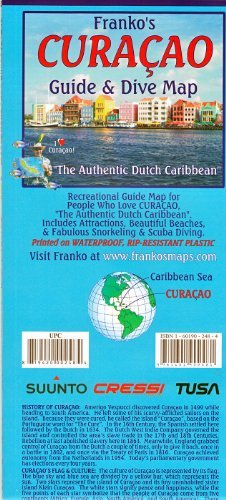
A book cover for By Frank Nielsen Franko's CURACAO Guide & Dive Map (1st First Edition) [Map]; Travel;